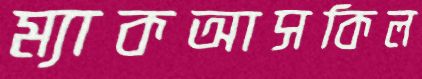
ম্যাকআসকিল